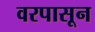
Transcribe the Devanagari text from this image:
वरपासून